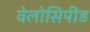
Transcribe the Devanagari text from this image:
वेलोसिपीड